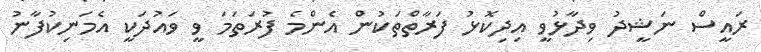
ރައީސް ނަޝީދު ވިދާޅުވީ އިދިކޮޅު ފަރާތްތަކުން އެންމެ ފުރަތަމަ ވީ ވައުދަކީ އެމަނިކުފާނު